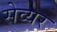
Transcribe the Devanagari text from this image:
सेव्यर